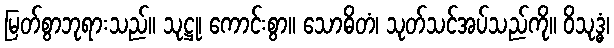
မြတ်စွာဘုရားသည်။ သုဋ္ဌု၊ ကောင်းစွာ။ သောဓိတံ၊ သုတ်သင်အပ်သည်ကို။ ဝိသုဒ္ဓံ၊